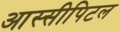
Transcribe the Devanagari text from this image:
आस्सीपिटल